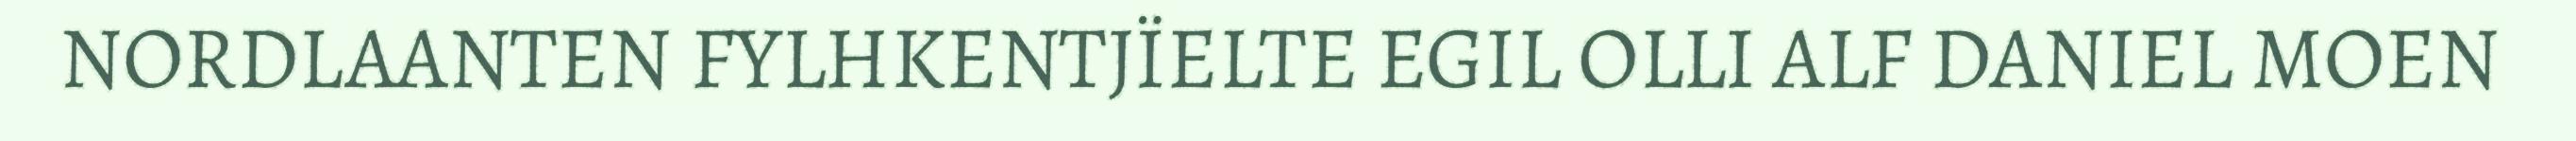
NORDLAANTEN FYLHKENTJÏELTE EGIL OLLI ALF DANIEL MOEN